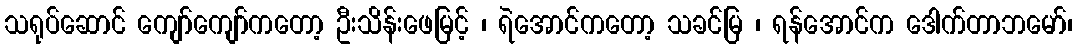
သရုပ်ဆောင် ကျော်ကျော်ကတော့ ဦးသိန်းဖေမြင့် ၊ ရဲအောင်ကတော့ သခင်မြ ၊ ရန်အောင်က ဒေါက်တာဘမော်၊